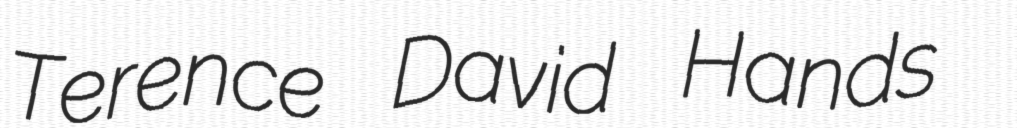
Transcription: Terence David Hands